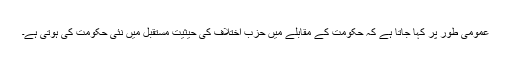
عمومی طور پر کہا جاتا ہے کہ حکومت کے مقابلے میں حزب اختلاف کی حیثیت مستقبل میں نئی حکومت کی ہوتی ہے۔